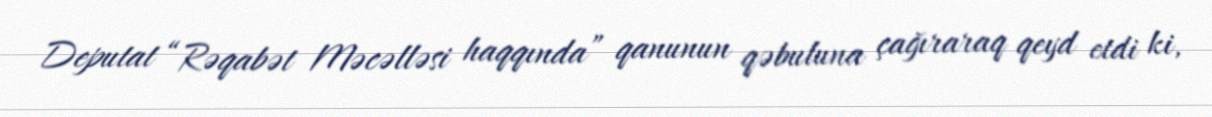
Deputat “Rəqabət Məcəlləsi haqqında” qanunun qəbuluna çağıraraq qeyd etdi ki,